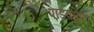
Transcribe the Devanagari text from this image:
पांडवगुफा